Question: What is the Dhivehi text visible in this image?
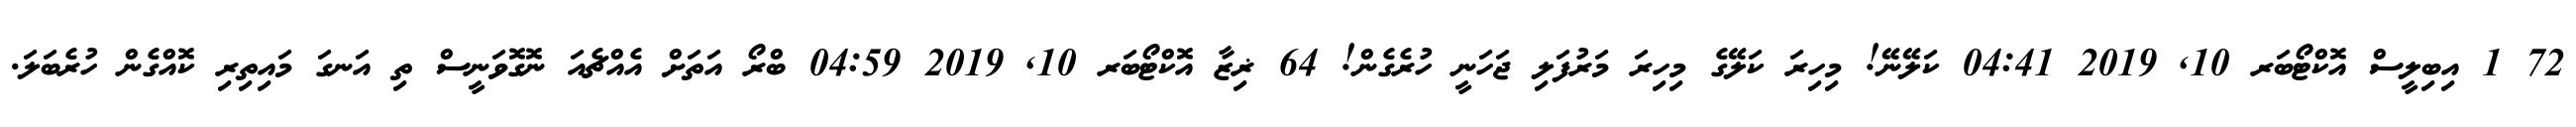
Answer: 72 1 އިބިލީސް އޮކްޓޯބަރ 10, 2019 04:41 ކަލޭނޭ! މިހިރަ ކަލޭގެ މިހިރަ މަރުފަލި ޖަހަނީ ހުރެގެން! 64 ޜިޒާ އޮކްޓޯބަރ 10, 2019 04:59 ބްރޯ އަތަށް އެއްޗެއަ ނޮގޮވަނީސް ތި އަނގަ މައިތިރި ކޮއްގެން ހުރެބަލަ.